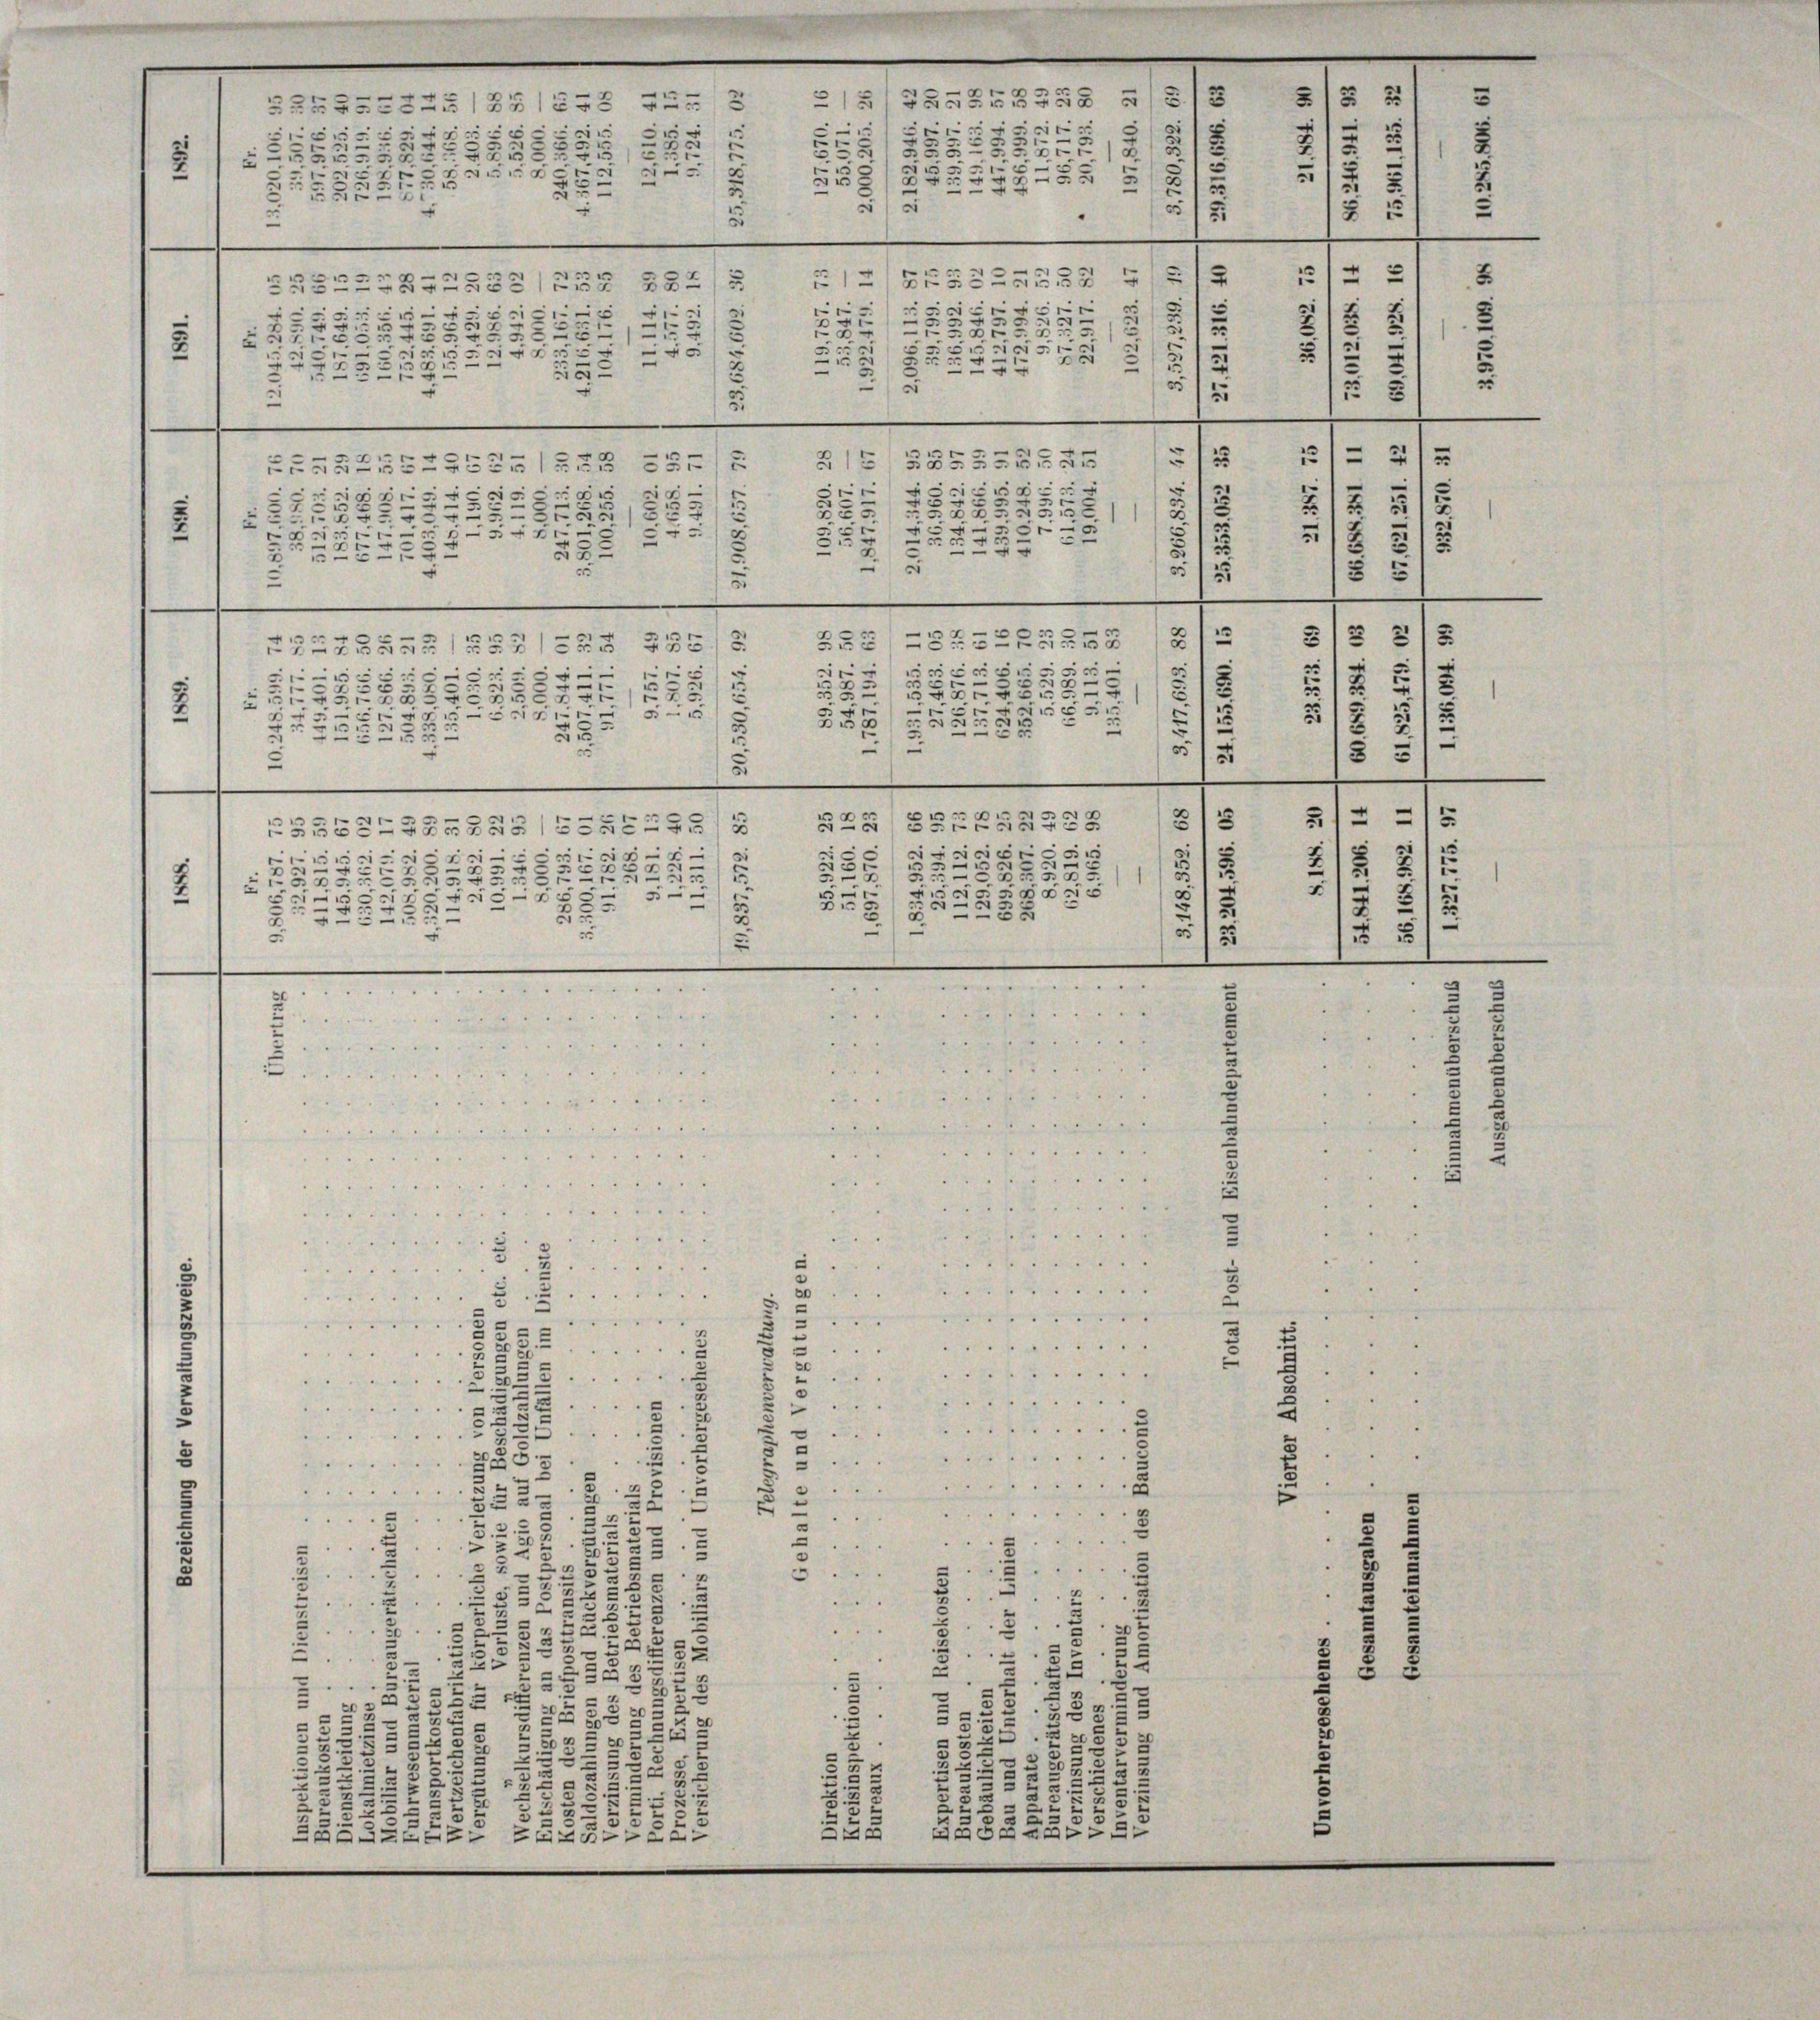
n
n
.
.
¬
3
.
.
2

1
Br
232
2535
.
2
e
e
e
e
x

5
.
.
e
55
.
¬
c
:

Bs.
.
u
e
E
5
2
e
.
5
r
5

)
u
1
4
e
1
d
 23 xx
¬
—
0
e
.
3
u
e
e
,
d
e
e
2
.
2
25

t
1
d
1
.

.
1
e
ic
e
.
5
rig
d
.
5
.
.
7.
.
.
.
e
“
223
d
u
2
25
.

2
.
g
.
5
i
e
u
1
xx
.
2
—
i
¬
25—3
55—
.
2
.
55
“
.
“
.
3
.
s
.

.
.
u
¬
2
E
.
u
5 x
e

¬
5
e
e
e
1
5
e
d
0x
2
2
5
.
u
.
5
.
n
2
25
.
2
2
u
e
4
x
.
5
25
e
¬
s
e
.

x
1
C
2
g
2
t
5
.
e

2
e
2
e
n
51
.
¬
e
e
e
e
.

1
58
u
125
B
ABEREGENSBG1525-295
.
e
ici
n
5
iig
x
1
d

e
x
c
1
2
.
s

2
1
r

2
e
1
.
55
G
5

e
u
52
¬
s
E
25
e
.
u
25
1
“
e
r
s
e
5
 3
.

¬
xx
e
t
e
.
e
.
.

.
5

u
e
e
e
u
FGANG358
52422245185/2 122
u
.
i
d
d
se
i
e
7
5
3
25
.
2
.
1

t
.
1
2
0 xxxxxxx
5
d

.
1
E
r
3

2
5

55
3
u
1
—
8
.
5
55
u

.

.
f
n
4
u
.
.
)
“
3
5
¬
2
2
e
2

a
e
...
3
. . . . . .
 . . .
o
d
......
.
2
e
. . . .
eg

m
5
.
.
.
.. .. . . . . .
2
8
2
5
 . . . .
.
.
s
2
e
d
5
g
.

e
3
2
e
.....
.
.
2
5
e
.
.
 . . . . . .
“
1
.
1
 . . . 4
e
.

)
1
.
2
e

 . . .
.
2
1

5.
2
9
e
5
20
.
.
2
5
2
.
2
e
 . . . .
7

...
¬
¬
5
5
.
.
1

u
32
.
2
2
r
.
2
.
.
22
.
2
d
2
e
.
e

2
.
s
5
3.
¬
.
.
12
2
3.
.
e
5
1
3
.
.
2
2
8
2
2
s
2
i
¬
20
.
2
¬
.
3
2
3
e
s
t
30
u
0
.
2
302
i
3
5
2
d
5
2
2
¬
305
.
2
5
5
3
2
2.
u

“
2.
2
2
33.

2
3
8
d
e
53 x
e
d
d
3
.
"
2
d
2
e
d
u
s
AG
e
G